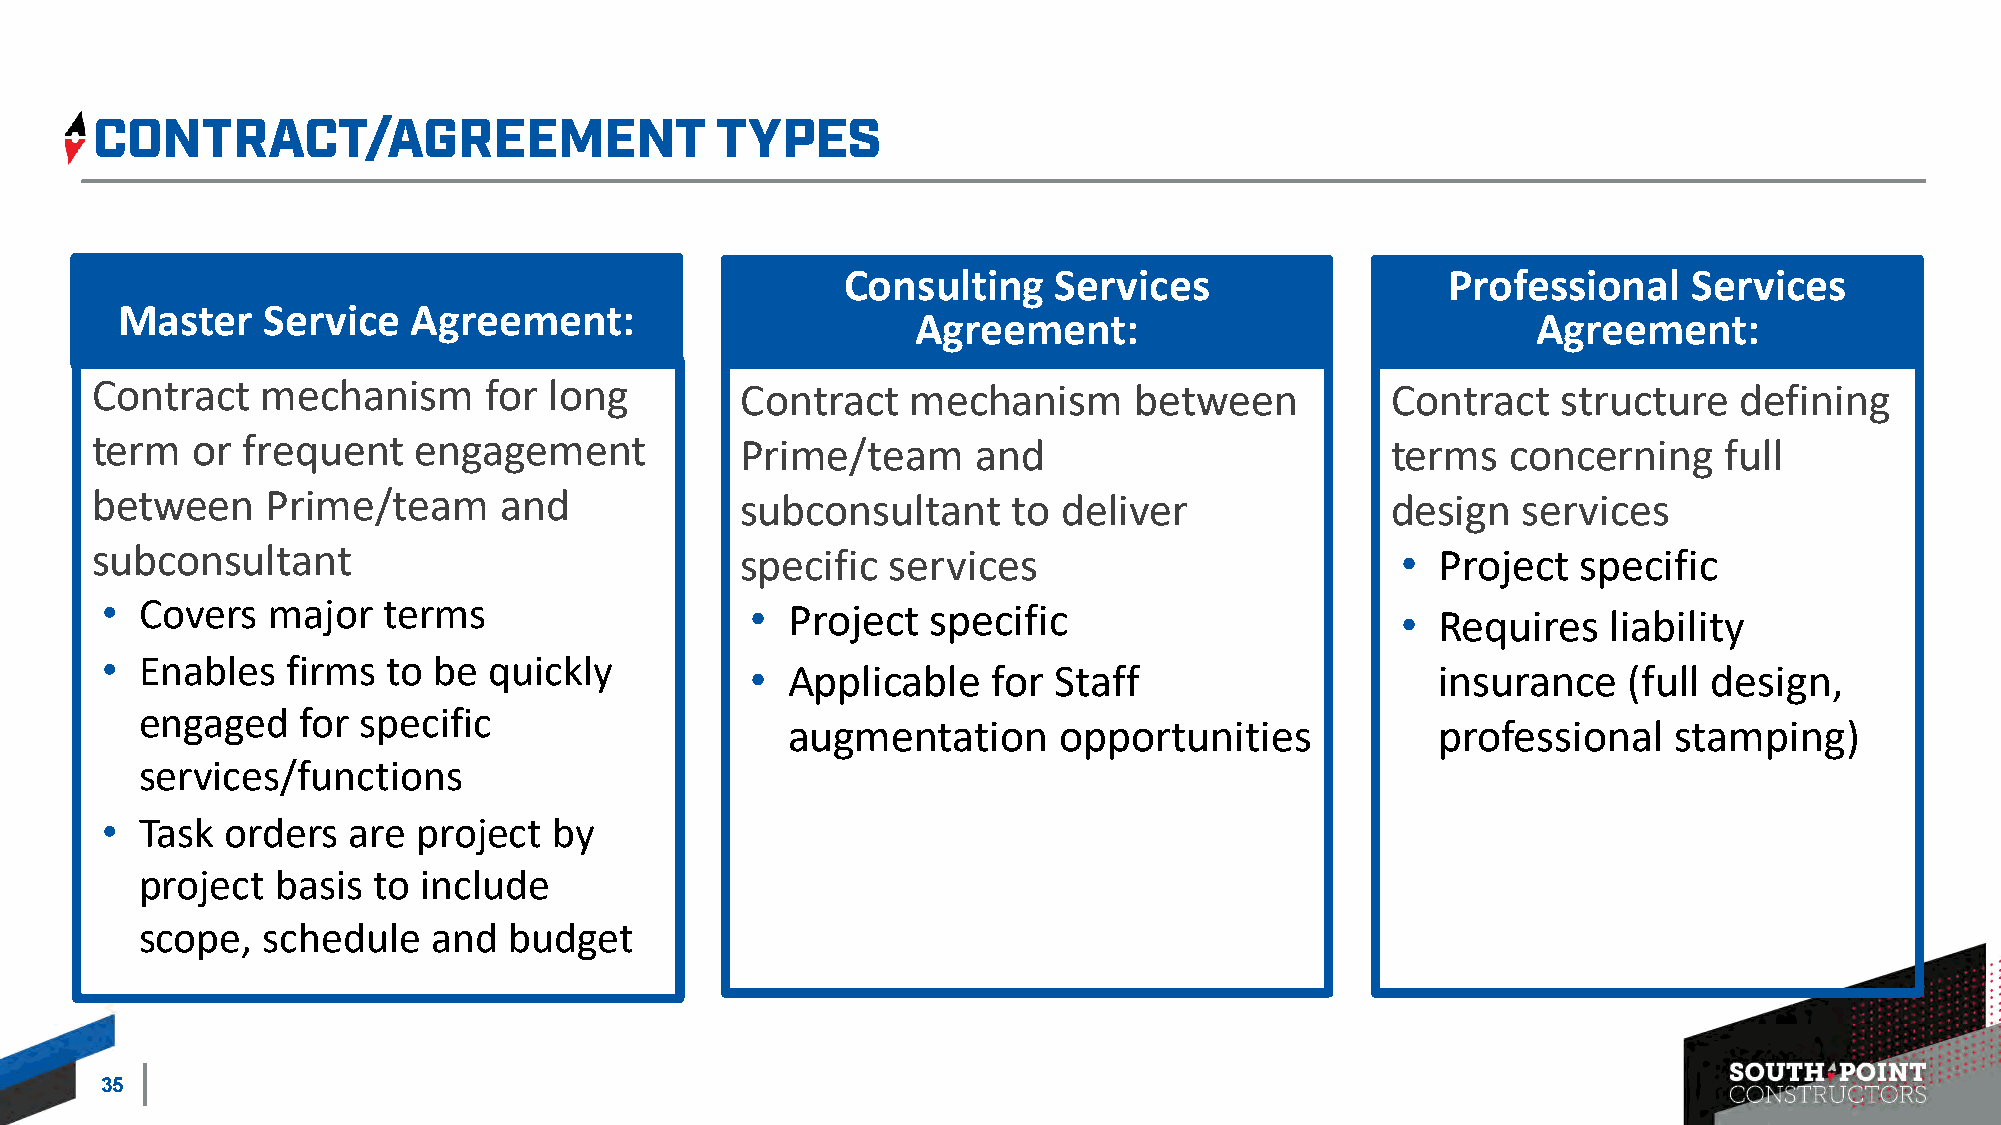
Consulting    Services                  Professional    Services
 Master   Service   Agreement:
 Agreement:                               Agreement:
 Contract   mechanism      for long         Contract   mechanism      between          Contract   structure   defining
 term   or frequent   engagement            Prime/team     and                         terms   concerning    full
 between     Prime/team     and             subconsultant     to deliver               design   services
 subconsultant                              specific  services                          • Project   specific
 • Covers   major  terms                    • Project   specific                       • Requires    liability
 • Enables   firms  to be quickly
 • Applicable    for Staff                    insurance    (full design,
 engaged    for specific
 augmentation      opportunities            professional    stamping)
 services/functions
 • Task  orders  are  project  by
 project  basis  to include
 scope,  schedule    and  budget
 35